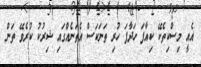
އެއީ މިސްކިތެކޭ ކިއާފަ ހަދާފަ ހުރި ތަނަކަސް އެތަނެއްގައި ޝިރުކު ކުރެވޭ ތަން